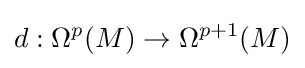
d:\Omega ^{p}(M)\rightarrow \Omega ^{p+1}(M)